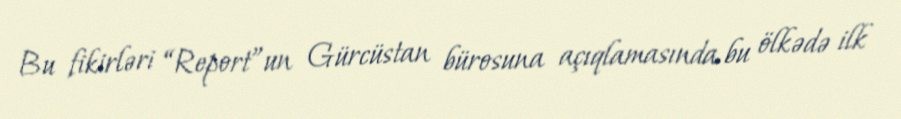
Bu fikirləri “Report”un Gürcüstan bürosuna açıqlamasında bu ölkədə ilk